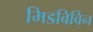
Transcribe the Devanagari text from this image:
मिडविविन